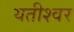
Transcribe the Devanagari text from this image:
यतीश्वर